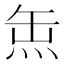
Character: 缹